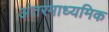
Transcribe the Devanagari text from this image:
अंतरमाध्यमिक